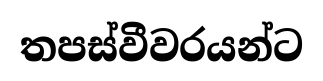
තපස්වීවරයන්ට